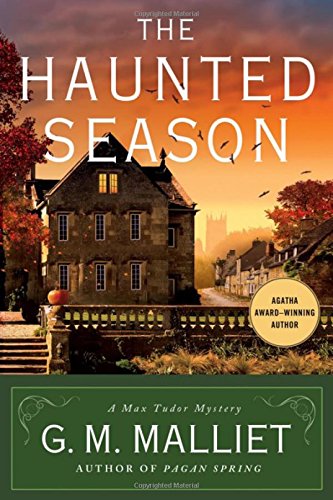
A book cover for The Haunted Season: A Max Tudor Mystery (A Max Tudor Novel); G. M. Malliet; Mystery, Thriller & Suspense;